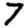
Digit: 7